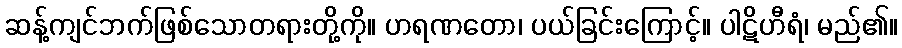
ဆန့်ကျင်ဘက်ဖြစ်သောတရားတို့ကို။ ဟရဏတော၊ ပယ်ခြင်းကြောင့်။ ပါဋိဟီရံ၊ မည်၏။